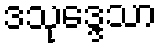
ဒသုဒ္ဒေသာ